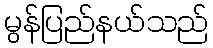
မွန်ပြည်နယ်သည်